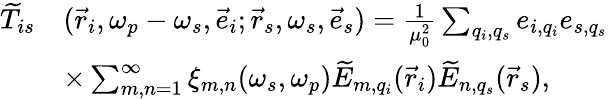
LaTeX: \begin{array}{rl}{\widetilde{T}_{is}}&{(\vec{r}_{i},\omega_{p}-\omega_{s},\vec{e}_{i};\vec{r}_{s},\omega_{s},\vec{e}_{s})=\frac{1}{\mu_{0}^{2}}\sum_{q_{i},q_{s}}e_{i,q_{i}}e_{s,q_{s}}}\\ &{\times\sum_{m,n=1}^{\infty}\xi_{m,n}(\omega_{s},\omega_{p})\widetilde{E}_{m,q_{i}}(\vec{r}_{i})\widetilde{E}_{n,q_{s}}(\vec{r}_{s}),}\end{array}